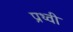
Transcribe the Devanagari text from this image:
प्रथ्‍वी